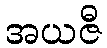
အယဇီ